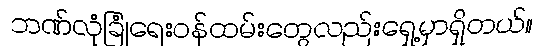
ဘဏ်လုံခြုံရေးဝန်ထမ်းတွေလည်းရှေ့မှာရှိတယ်။